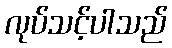
လုပ်သင့်ပါသည်